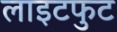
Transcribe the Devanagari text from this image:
लाइटफुट